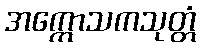
အက္ကောသကသုတ္တံ